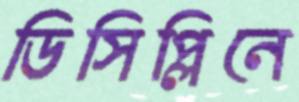
ডিসিপ্লিনে